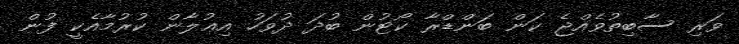
ވަރި ސާބިތުވެއްޖެ ކަން ބަންޑްރާ ކޯޓުން ބުދަ ދުވަހު އިޢުލާން ކުރުމާއެކީ ފުން